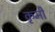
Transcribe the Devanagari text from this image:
कृमीं